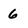
Character: 6